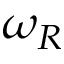
\omega _ { R }